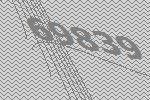
69839